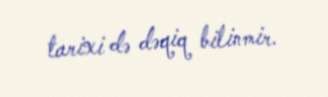
tarixi də dəqiq bilinmir.